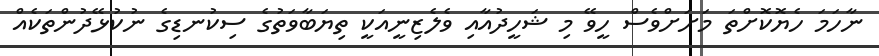
ނާހަމަ ހެޔޮކޮށްތަ މަށަށްވެސް ހީވޭ މި ޝަހީދުއާއި ވެލެޒިނީއަކީ ތިޔަބާވަތުގެ ސިިކުނޑިގެ ނުކުޅޭދުންތަކެއް